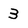
Character: 3